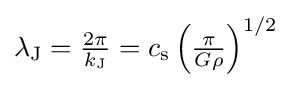
{\textstyle \lambda _{\text{J}}={\frac {2\pi }{k_{\text{J}}}}=c_{\text{s}}\left({\frac {\pi }{G\rho }}\right)^{1/2}}